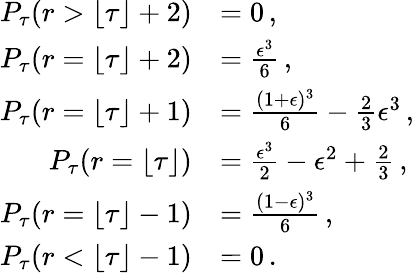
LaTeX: \begin{array}{rl}{P_{\tau}(r>\lfloor\tau\rfloor+2)}&{=0\, ,}\\ {P_{\tau}(r=\lfloor\tau\rfloor+2)}&{=\frac{\epsilon^{3}}{6}\, ,}\\ {P_{\tau}(r=\lfloor\tau\rfloor+1)}&{=\frac{(1+\epsilon)^{3}}{6}-\frac 23\epsilon^{3}\, ,}\\ {P_{\tau}(r=\lfloor\tau\rfloor)}&{=\frac{\epsilon^{3}}{2}-\epsilon^{2}+\frac 23\, ,}\\ {P_{\tau}(r=\lfloor\tau\rfloor-1)}&{=\frac{(1-\epsilon)^{3}}{6}\, ,}\\ {P_{\tau}(r<\lfloor\tau\rfloor-1)}&{=0\, .}\end{array}